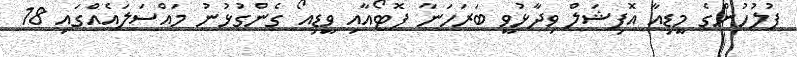
ފުލުހުންގެ މީޑިއާ އޮފިޝަލް ވިދާޅުވީ ބަރަހަނާ ފޮޓޯއާއި ވީޑިއޯ ގެންގުޅުނު މައްސަލައެއްގައި 18